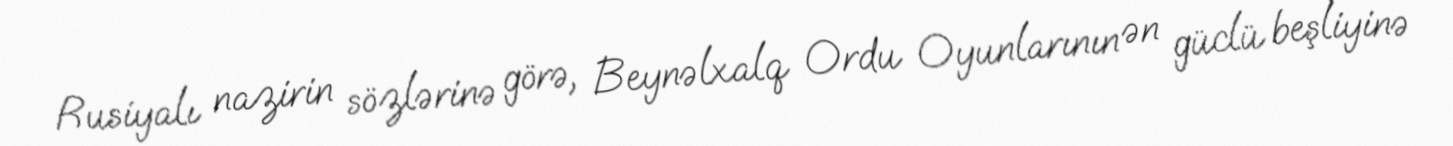
Rusiyalı nazirin sözlərinə görə, Beynəlxalq Ordu Oyunlarının ən güclü beşliyinə